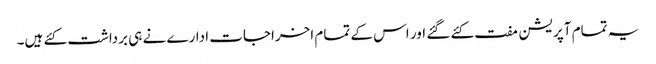
یہ تمام آپریشن مفت کئے گئے اور اس کے تمام اخراجات ادارے نے ہی برداشت کئے ہیں۔